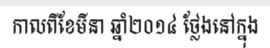
កាលពីខែមីនា ឆ្នាំ២០១៤ ថ្លែងនៅក្នុង